Vital statistics of India. Vol. IV, Annual returns from 1871 to 1876. British Army of India, Native Army and jails of Bengal
Year: 1871
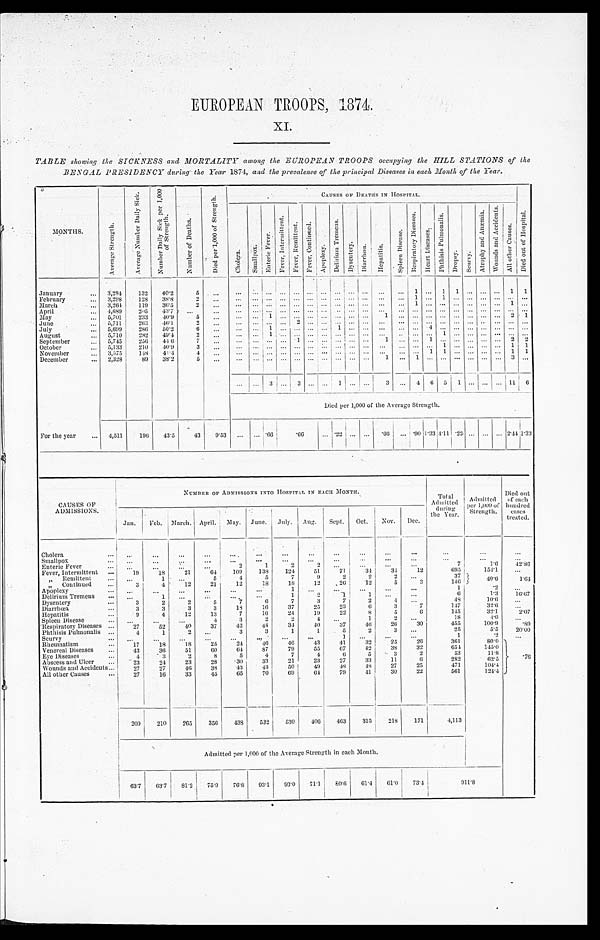
EUROPEAN TROOPS, 1874.
XI.
TABLE showing the SICKNESS and MORTALITY among the EUROPEAN TROOPS occupying the HILL STATIONS of the
BENGAL PRESIDENCY during the Year 1874, and the prevalence of the principal Diseases in each Month of the Year.
MONTHS.
A v e r a g e S t r e n g t h .
A v e r a g e N u m b e r D a i l y S i c k .
N u m b e r D a i l y S i c k p e r 1 , 0 0 0 o f S t r e n g t h .
N u m b e r o f D e a t h s .
D i e d p e r 1 , 0 0 0 o f S t r e n g t h .
C A U S E S O F D E A T H S I N H O S P I T A L .
D i e d o u t o f H o s p i t a l .
C h o l e r a .
S m a l l p o x .
E n t e r i c F e v e r .
F e v e r , I n t e r m i t t e n t .
F e v e r , R e m i t t e n t . F e v e r , C o n t i n u e d .
A p o p l e x y .
D e l r i u m T r e m e n s .
D y s e n t e r y .
Di ar r hœa.
H e p a t i t i s .
S p l e e n D i s e a s e .
R e s p i r a t o r y D i s e a s e s .
He a r t Di s e a s e s .
P h t h i s i s P u l m o n a l i s .
D r o p s y .
S c u r v y .
A t r o p h y a n d A n æ m i a .
W o u n d s a n d A c c i d e n t s .
A l l o t h e r C a u s e s .
January . . .
3,284
132
40.2
5
. . .
. . .
. . . . . .
. . . . . .
. . .
. . .
. . . . . . . . .
. . .
. . .
1
. . .
1 1
. . . . . .
. . . 1 1
February . . .
3,298
128
38.8
2
. . .
. . .
. . . . . .
. . . . . . . . . . . . . . .
. . . . . . . . .
. . . 1 . . . 1 . . .
. . . . . . . . .
. . . . . .
March . . .
3,264
119
36.5
2
. . .
. . .
. . . . . .
. . . . . . . . . . . . . . .
. . . . . . . . .
. . . 1 . . . . . . . . .
. . . . . . . . . 1 . . .
April . . .
4, 689
2 0 5 43.7
. . .
. . .
. . .
. . . . . .
. . . . . . . . . . . . . . .
. . . . . . . . .
. . .
. . .
. . . . . .
. . .
. . . . . . . . . . . . . . .
May . . .
5,701
233
4 0 . 9
5
. . .
. . .
. . . 1
. . . . . . . . . . . . . . .
. . . . . .
1
. . .
. . . . . . . . . . . .
. . . . . . . . . 2 1
June . . .
5,711
263
46.1
2
. . .
. . .
. . . . . .
. . . 2 . . . . . . . . .
. . . . . .
. . .
. . .
. . .
. . . . . . . . .
. . .
. . . . . .
. . . . . .
July . . .
5,699
286
50.2
6
. . .
. . .
. . . 1
. . . . . . . . . . . . 1
. . . . . . . . .
. . .
. . .
4 . . . . . .
. . .
. . . . . . . . . . . .
August . . .
5,710
282
49.4
2
. . .
. . .
. . . 1
. . . . . . . . . . . . . . .
. . . . . . . . .
. . .
. . . . . . 1 . . .
. . . . . . . . .
. . . . . .
September . . .
5,745
256
44.6
7
. . .
. . .
. . . . . .
. . . 1 . . . . . . . . .
. . . . . . 1
. . .
. . .
1
. . . . . .
. . . . . . . . . 2 2
October . . .
5,133
210
4 0 . 9
3
. . . . . .
. . . . . .
. . . . . . . . .
. . . . . .
. . . . . . . . .
. . .
. . . . . . 1
. . .
. . . . . . . . . 1 1
November . . .
3,575
1 4 8 44.4
4
. . .
. . .
. . . . . .
. . .
. . .
. . .
. . . . . . . . . . . . . . .
. . .
. . .
1
1 . . .
. . . . . . . . .
1 1
December . . .
2,328
89
38.2
5
. . .
. . .
. . . . . .
. . .
. . .
. . .
. . .
. . . . . . . . . 1
. . .
1 . . . . . . . . .
. . . . . . . . .
3 . . .
. . .
. . . 3
. . .
3 . . . . . .
1
. . .
. . .
3
. . . 4 6 5 1
. . . . . . . . . 11 6
Died per 1,000 of the Average Strength.
For the year . . .
4,511
196
43.5
43
9.53
. . .
. . . .66 .66
. . . .22
. . . . . .
.66
. . . .90 1.33
4 . 1 1
.22 . . . . . . . . .
2 . 4 4 1.33
CAUSES OF
ADM1SS1ONS.
NUMBER OF ADMISSIONS INTO HOSPITAL IN EACH MONTH.
T o t a l
Admitted
d u r i n
g t h e Y e a r .
Admitted
per 1,000 of
Strength.
Died out
of each
hundred
cases
treated.
Jan.
Feb. March. April. May. June. July. Aug.
Sept.
Oct.
Nov.
Dec.
Cholera . . .
. . .
. . .
. . .
. . .
. . .
. . .
. . .
. . .
. . .
. . .
. . .
. . .
. . .
. . .
. . .
Smallpox . . .
. . .
. . .
. . .
. . .
. . .
. . .
. . .
. . .
. . .
. . .
. . .
. . .
. . .
. . .
. . .
Enteric Fever . . .
. . .
. . .
. . .
. . .
. . 2 .
1
2
2
. . .
. . .
. . .
. . .
7
1.6
4 2 . 8 6
Fever, Intermittent . . .
19
18
21
64
109
138
124
51
71
34
34
12
695
154.1
. . .
" R e m i t t e n t . . .
. . .
1
. . .
5
4
5
7
9
2
2
2
. . .
37
40 . 6
1.64
" C o n t i n u e d . . .
3
4
12
21
12
18
18
12
26
1 2
5
3
146
Apoplexy . . .
. . .
. . .
. . .
. . .
. . .
. . .
1
. . .
. . .
. . .
. . .
. . .
1
.2
. . .
Delirium Tremens . . .
. . .
1
. . .
. . .
. . .
. . .
1
2
1
1
. . .
. . .
6
1.3
16.67
Dysentery . . .
3
2
2
5
7
6
7
3
7
2
4
. . .
48
10.6
. . .
Diarrhœa . . .
3
3
3
3
18
16
37
25
23
6
3
7
147
32.6
. . .
Hepatitis . . .
9
4
12
13
7
16
24
19
22
8
5
6
145
3 2 . 1
2.07
Spleen Disease . . .
. . .
. . .
. . .
4
3
2
2
4
. . .
1
2
. . .
18
4 . 0
. . .
Respiratory Diseases . . .
27
52
40
37
42
44
34
40
37
46
26
30
455
100.9
. 8 9
Phthisis Pulmonalis . . .
4
1
2
. . .
3
3
1
1
5
2
3
. . .
25
5.5
20.00
Scurvy . . .
. . .
. . .
. . .
. . .
. . .
. . .
. . .
. . .
1
. . .
. . .
. . .
1
. 2
. . .
Rheumatism . . .
17
18
18
25
24
4 6
46
43
41
32
25
26
361
80.0
. 7
6
Venereal Diseases . . .
43
36
51
60
6 4
87
79
55
67
42
38
32
654
145.0
Eye Diseases . . .
4
3
2
8
5
4
7
4
6
5
3
2
53
11.8
Abscess and Ulcer . . .
23
24
23
28
30
33
21
23
27
33
11
6
282
62.5
Wounds and Accidents . . .
27
27
46
38
43
43
50
49
4 8
48
27
25
471
104.4
All other Causes . . .
27
16
33
45
65
70
69
64
79
41
30
22
561
124.4
209
210
265
356
438
532
530
406
463
315
218
171
4,113
Admitted per 1,000 of the Average Strength in each Month.
63.7
63.7
81.2
75.9
76.8
93.1
93.0
71.1
80.6
61.4
61.0
73.4
911.8